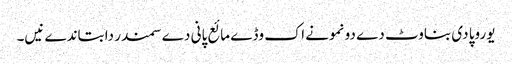
یوروپا دی بناوٹ دے دو نمونے اک وڈے مائع پانی دے سمندر دا بتاندے نیں۔